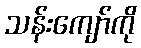
သန်းကျော်ကို